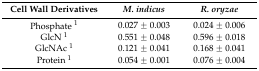
| Cell Wall Derivatives | M. indicus | R. oryzae |
 | --- | --- | --- |
 | Phosphate 1 | 0.027 ± 0.003 | 0.024 ± 0.006 |
 | GlcN 1 | 0.551 ± 0.048 | 0.596 ± 0.018 |
 | GlcNAc 1 | 0.121 ± 0.041 | 0.168 ± 0.041 |
 | Protein 1 | 0.054 ± 0.001 | 0.076 ± 0.004 |